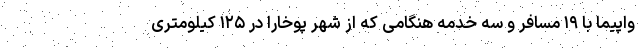
واپیما با ۱۹ مسافر و سه خدمه هنگامی که از شهر پوخارا در ۱۲۵ کیلومتری